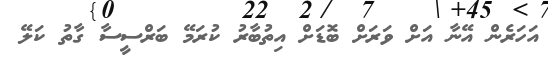
އަހަރެން އޭނާ އަށް ވަރަށް ބޮޑަށް އިތުބާރު ކުރަމޭ ބަރްސީސާ ގާތު ކަލޭ